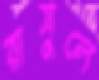
রাসুলে